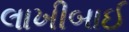
લાખીબાઈ